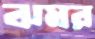
ঝমর